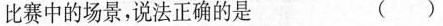
比赛中的场景，说法正确的是 ()